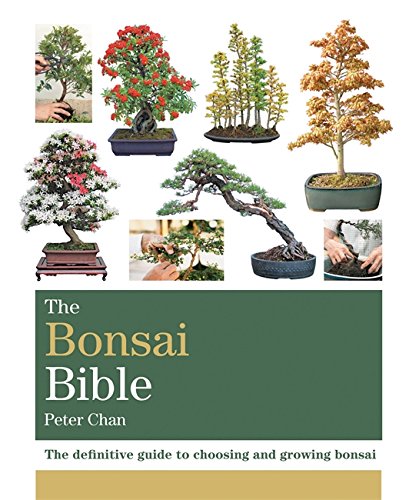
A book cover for The Bonsai Bible: The definitive guide to choosing and growing bonsai (Octopus Bible Series); Peter Chan; Crafts, Hobbies & Home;